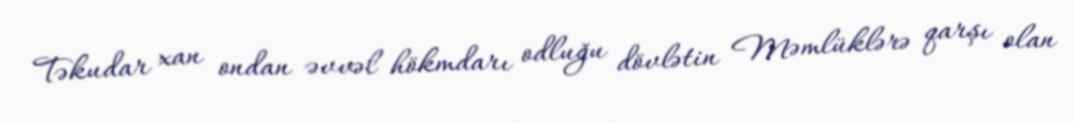
Təkudar xan ondan əvvəl hökmdarı odluğu dövlətin Məmlüklərə qarşı olan